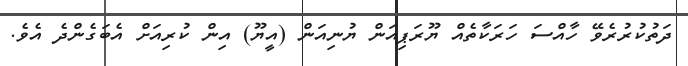
ދަތުކުރުރެވޭ ހާއްސަ ހަރަކާތެއް ޔޫރަޕިއަން ޔުނިއަން (އީޔޫ) އިން ކުރިއަށް އެބަގެންދެ އެވެ.